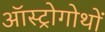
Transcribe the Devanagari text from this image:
ऑस्ट्रोगोथों